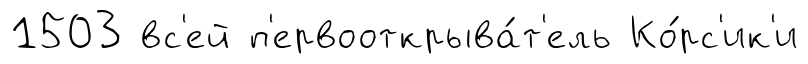
1503 вс'ей п'ервооткрыва́т'ель Ко́рс'ик'и